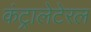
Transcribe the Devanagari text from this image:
कंट्रालेटेरल